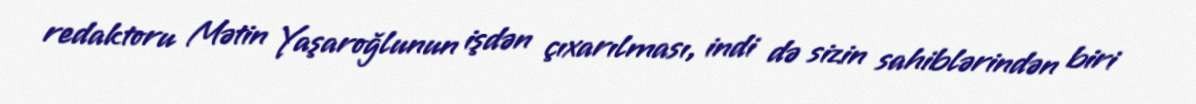
redaktoru Mətin Yaşaroğlunun işdən çıxarılması, indi də sizin sahiblərindən biri